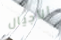
الأجيال